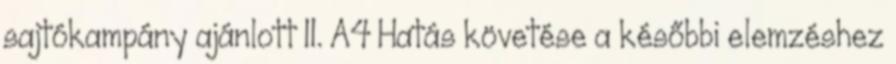
sajtókampány ajánlott 11. A4 Hatás követése a későbbi elemzéshez